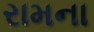
રામના